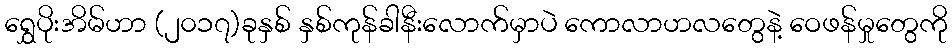
ရွှေပိုးအိမ်ဟာ (၂၀၁၇)ခုနှစ် နှစ်ကုန်ခါနီးလောက်မှာပဲ ကောလာဟလတွေနဲ့ ဝေဖန်မှုတွေကို